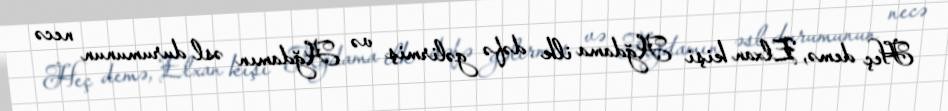
Heç demə, Elxan kişi Ağdama ilk dəfə gəlirmiş və Ağdamın əsl durumunun necə